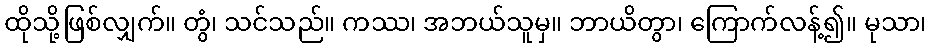
ထိုသို့ဖြစ်လျှက်။ တွံ၊ သင်သည်။ ကဿ၊ အဘယ်သူမှ။ ဘာယိတွာ၊ ကြောက်လန့်၍။ မုသာ၊